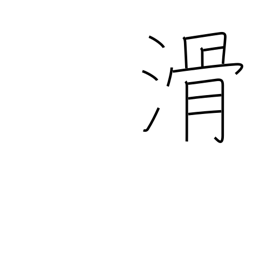
Meaning: fail exam